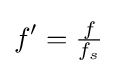
f'={\tfrac {f}{f_{s}}}